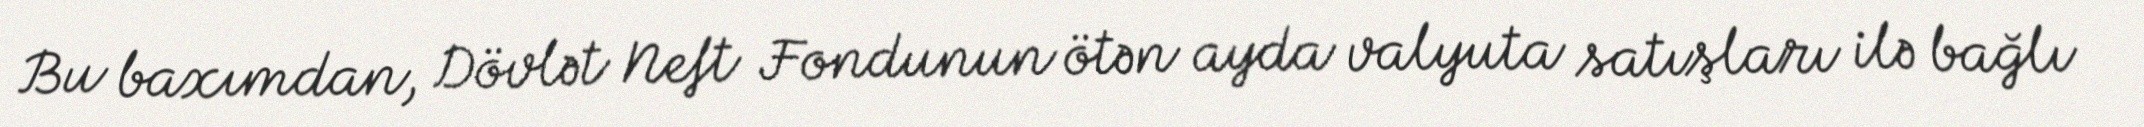
Bu baxımdan, Dövlət Neft Fondunun ötən ayda valyuta satışları ilə bağlı